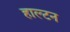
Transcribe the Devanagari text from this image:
हाल्टन